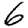
Digit: 6